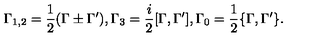
\Gamma _ { 1 , 2 } = \frac { 1 } { 2 } ( \Gamma \pm \Gamma ^ { \prime } ) , \Gamma _ { 3 } = \frac { i } { 2 } [ \Gamma , \Gamma ^ { \prime } ] , \Gamma _ { 0 } = \frac { 1 } { 2 } \{ \Gamma , \Gamma ^ { \prime } \} .